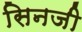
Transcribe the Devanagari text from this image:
सिनजी